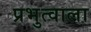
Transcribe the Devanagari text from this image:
प्रभुत्वाला